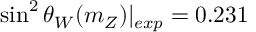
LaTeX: \sin ^ { 2 } \theta _ { W } ( m _ { Z } ) | _ { e x p } = 0 . 2 3 1